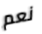
نعم